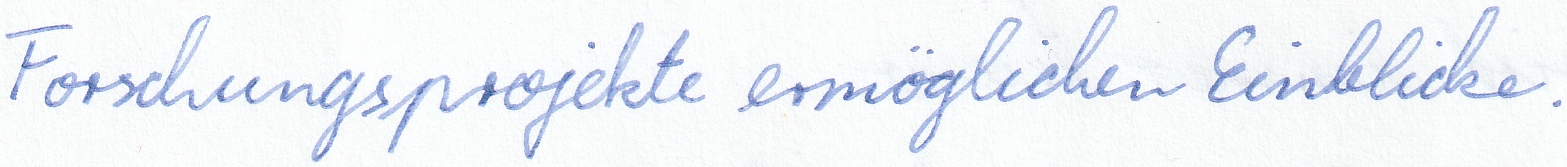
Forschungsprojekte ermöglichen Einblicke.